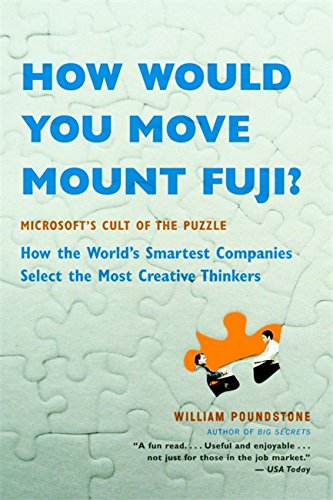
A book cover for How Would You Move Mount Fuji?: Microsoft's Cult of the Puzzle -- How the World's Smartest Companies Select the Most Creative Thinkers; William Poundstone; Business & Money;